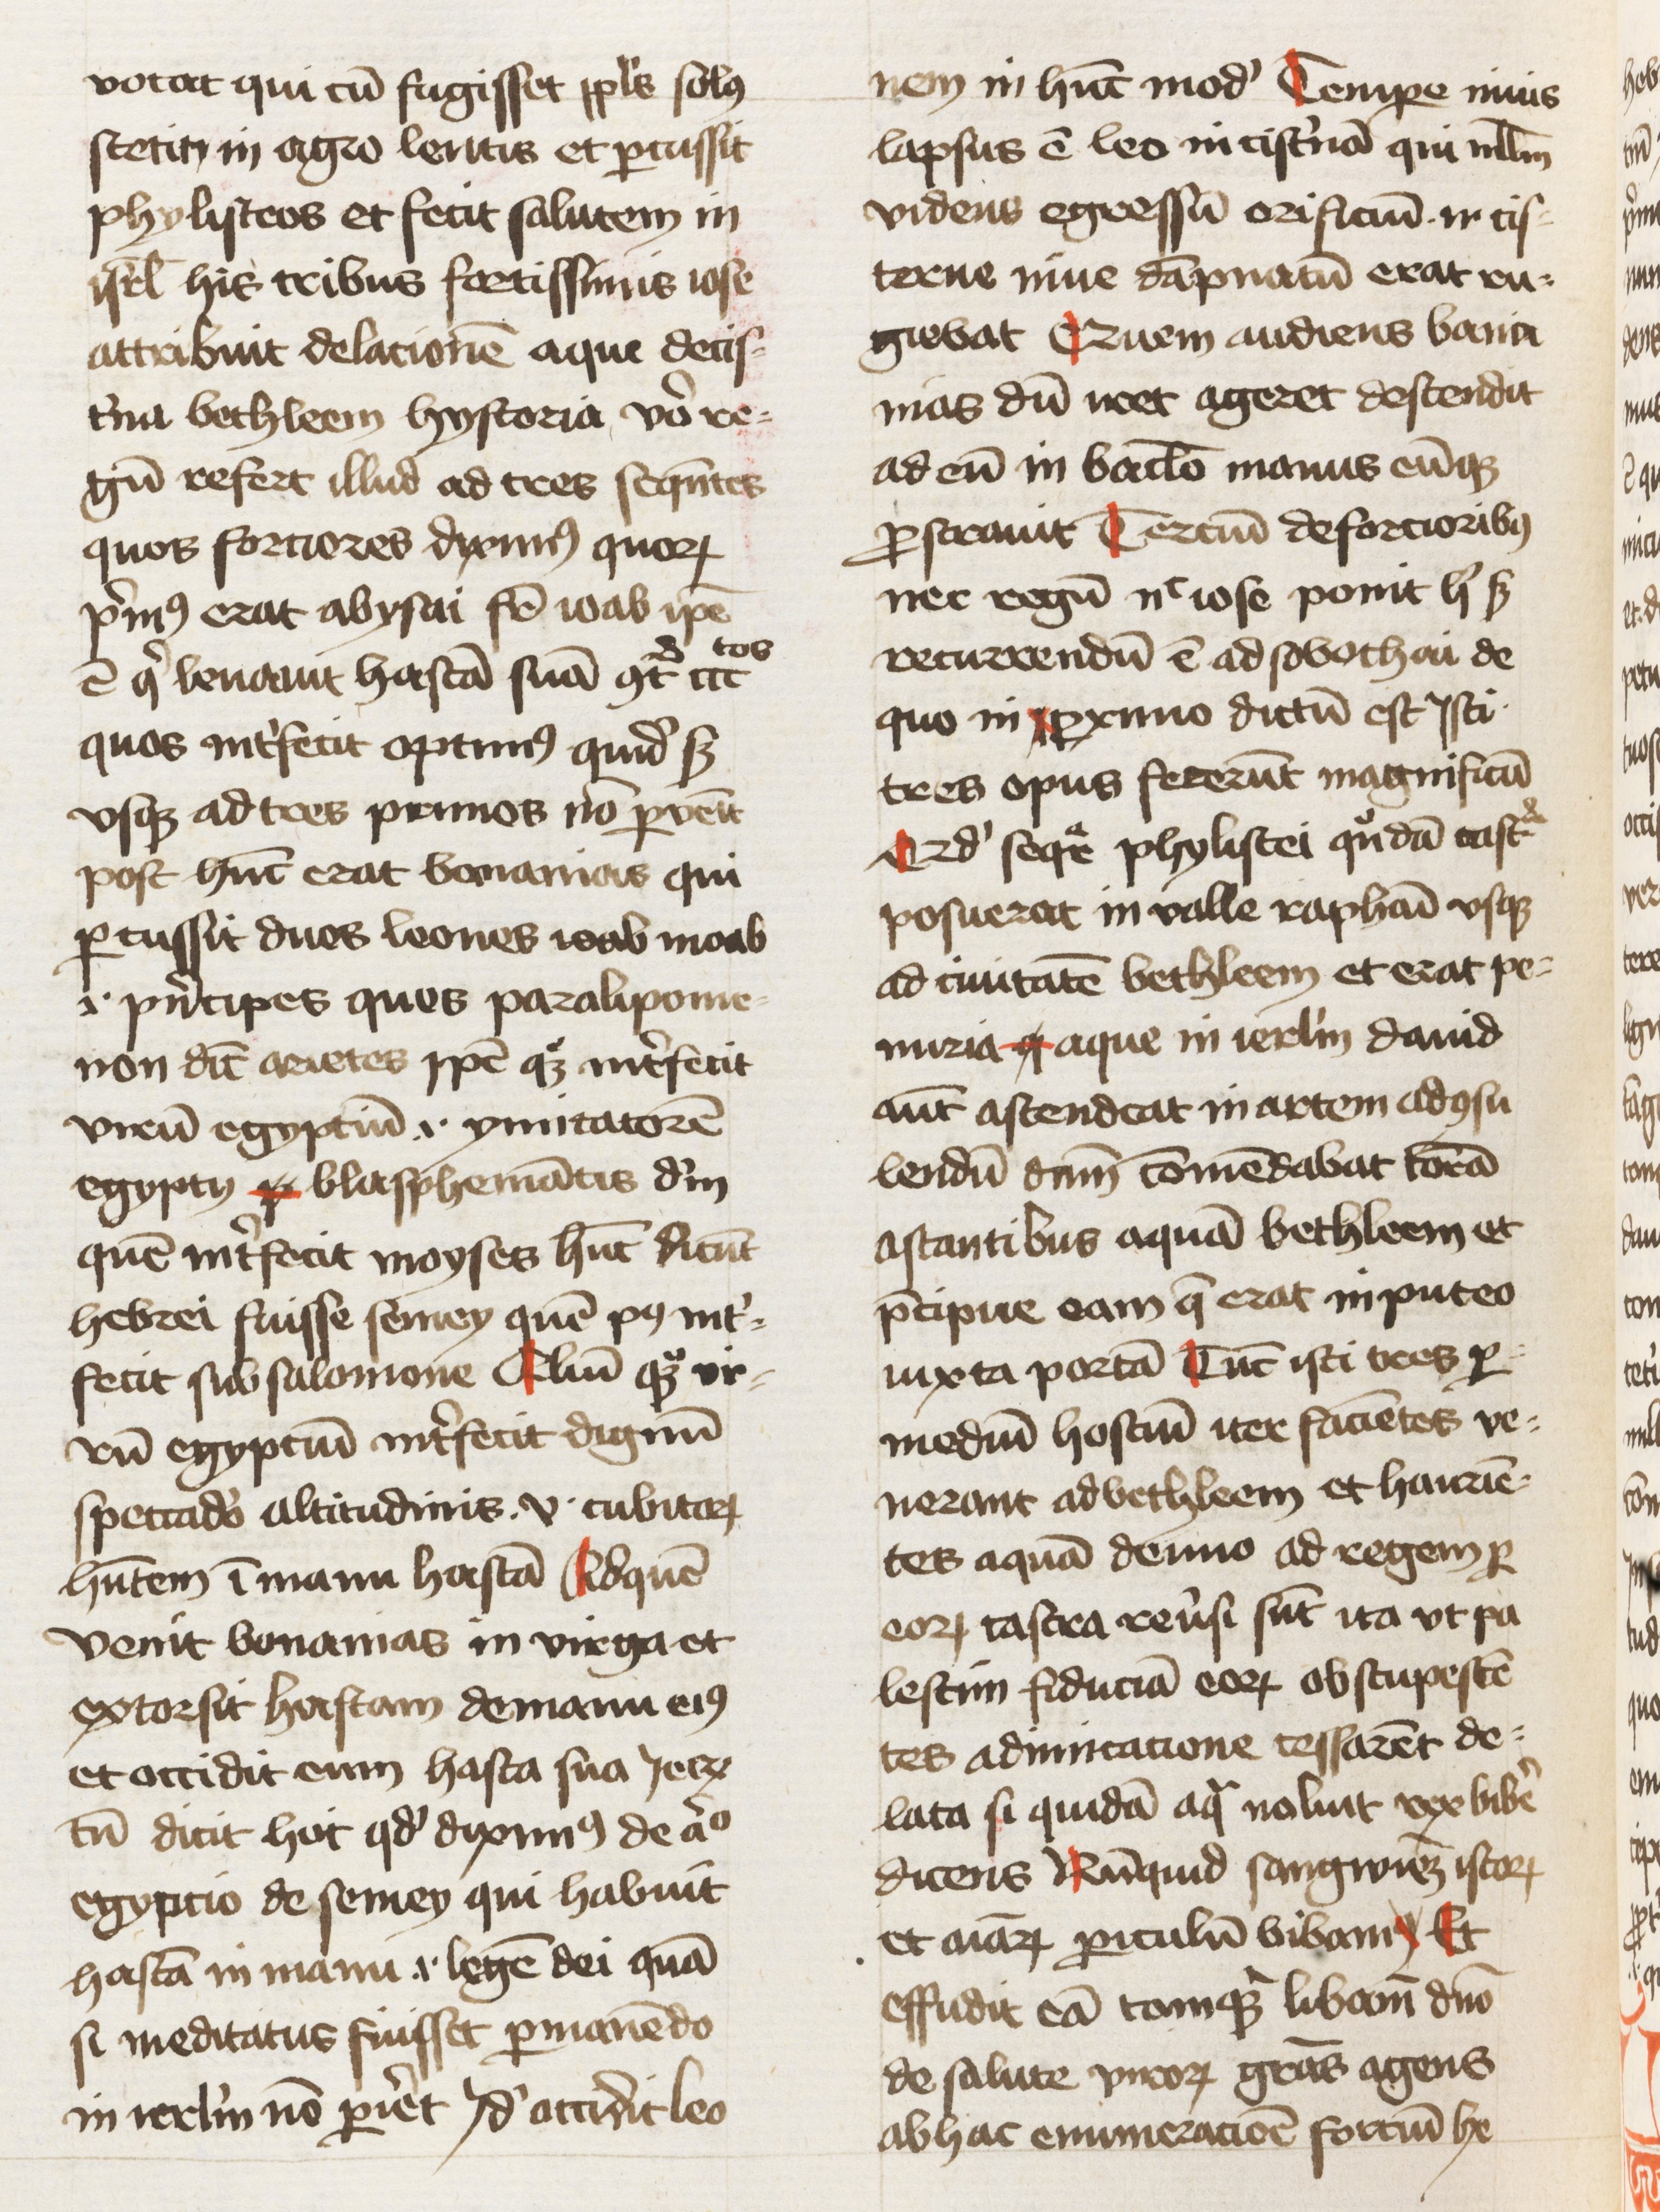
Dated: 1461–1461